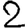
Digit: 2